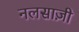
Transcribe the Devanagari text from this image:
नलसाज़ी